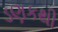
ડણકથી